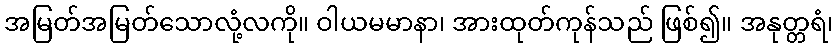
အမြတ်အမြတ်သောလုံ့လကို။ ဝါယမမာနာ၊ အားထုတ်ကုန်သည် ဖြစ်၍။ အနုတ္တရံ၊